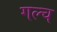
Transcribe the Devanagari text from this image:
गल्च